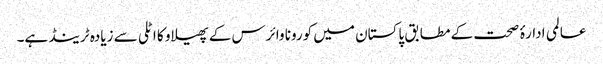
عالمی ادارۂ صحت کے مطابق پاکستان میں کورونا وائرس کے پھیلاو کا اٹلی سے زیادہ ٹرینڈ ہے۔